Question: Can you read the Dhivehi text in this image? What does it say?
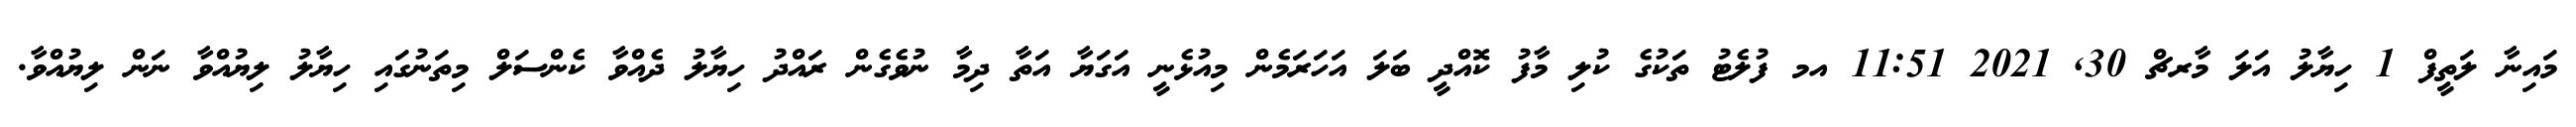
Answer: މައިނާ ލަތީފް 1 ހިޔާލު އަލަ މާރޗް 30, 2021 11:51 އމ ފުލެޓު ތަކުގެ ކުލި މާފު ކޮއްދީ ބަލަ އަހަރަމެން މިއުޅެނީ އަގަޔާ އަތާ ދިމާ ނުވެގެން ރައްދު ހިޔާލު ދެއްވާ ކެންސަލް މިތަނުގައި ހިޔާލު ލިޔުއްވާ ނަން ލިޔުއްވާ.